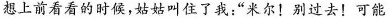
想上前看看的时候，姑姑叫住了我：“米尔！别过去！可能